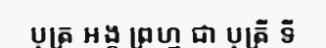
បុត្រ អង្គ ព្រហ្ម ជា បុត្រី ទី